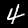
Label: 4